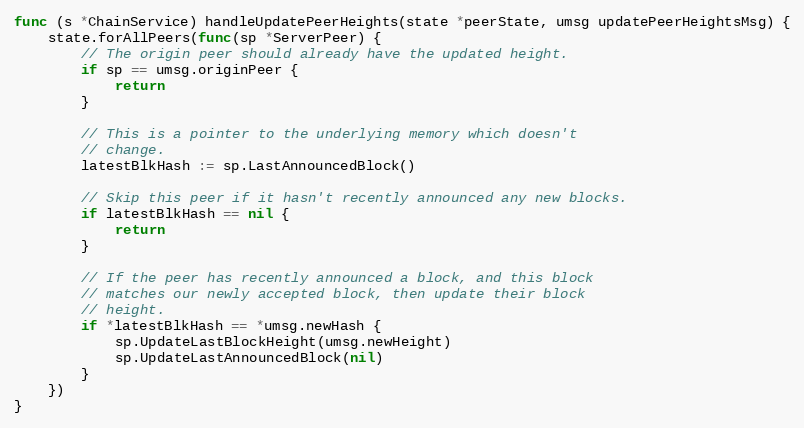
Language: Go
func (s *ChainService) handleUpdatePeerHeights(state *peerState, umsg updatePeerHeightsMsg) {
	state.forAllPeers(func(sp *ServerPeer) {
		// The origin peer should already have the updated height.
		if sp == umsg.originPeer {
			return
		}

		// This is a pointer to the underlying memory which doesn't
		// change.
		latestBlkHash := sp.LastAnnouncedBlock()

		// Skip this peer if it hasn't recently announced any new blocks.
		if latestBlkHash == nil {
			return
		}

		// If the peer has recently announced a block, and this block
		// matches our newly accepted block, then update their block
		// height.
		if *latestBlkHash == *umsg.newHash {
			sp.UpdateLastBlockHeight(umsg.newHeight)
			sp.UpdateLastAnnouncedBlock(nil)
		}
	})
}